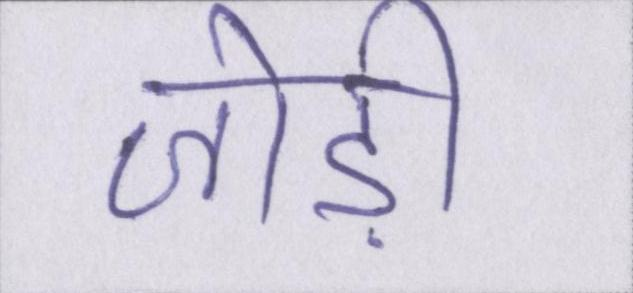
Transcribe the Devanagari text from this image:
जोड़ी